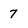
Character: 7